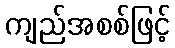
ကျည်အစစ်ဖြင့်